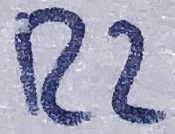
Text: R2